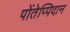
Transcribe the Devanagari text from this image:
पोंतेप्पिदान